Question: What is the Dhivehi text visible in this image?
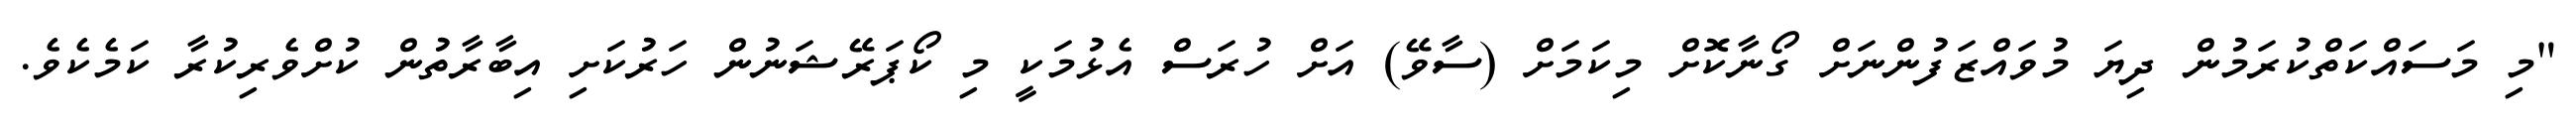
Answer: "މި މަސައްކަތްކުރަމުން ދިޔަ މުވައްޒަފުންނަށް ގޯނާކޮށް މިކަމަށް (ސާވޭ) އަށް ހުރަސް އެޅުމަކީ މި ކޯޕަރޭޝަނުން ހަރުކަށި އިބާރާތުން ކުށްވެރިކުރާ ކަމެކެވެ.